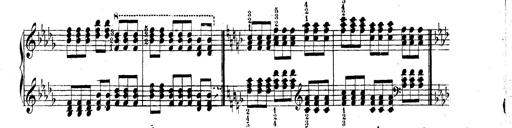
Title: Technische Studien
Composer: Franz Liszt